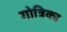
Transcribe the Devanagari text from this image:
गोत्रिका